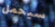
سيحمل